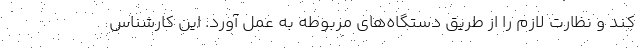
کند و نظارت لازم را از طریق دستگاه‌های مربوطه به عمل آورد. این کارشناس